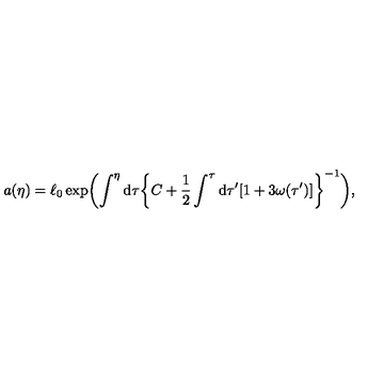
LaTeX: a ( \eta ) = \ell _ { 0 } \exp \biggl ( \int ^ { \eta } \mathrm { d } \tau \biggl \{ C + \frac { 1 } { 2 } \int ^ { \tau } \mathrm { d } \tau ^ { \prime } [ 1 + 3 \omega ( \tau ^ { \prime } ) ] \biggr \} ^ { - 1 } \biggr ) ,